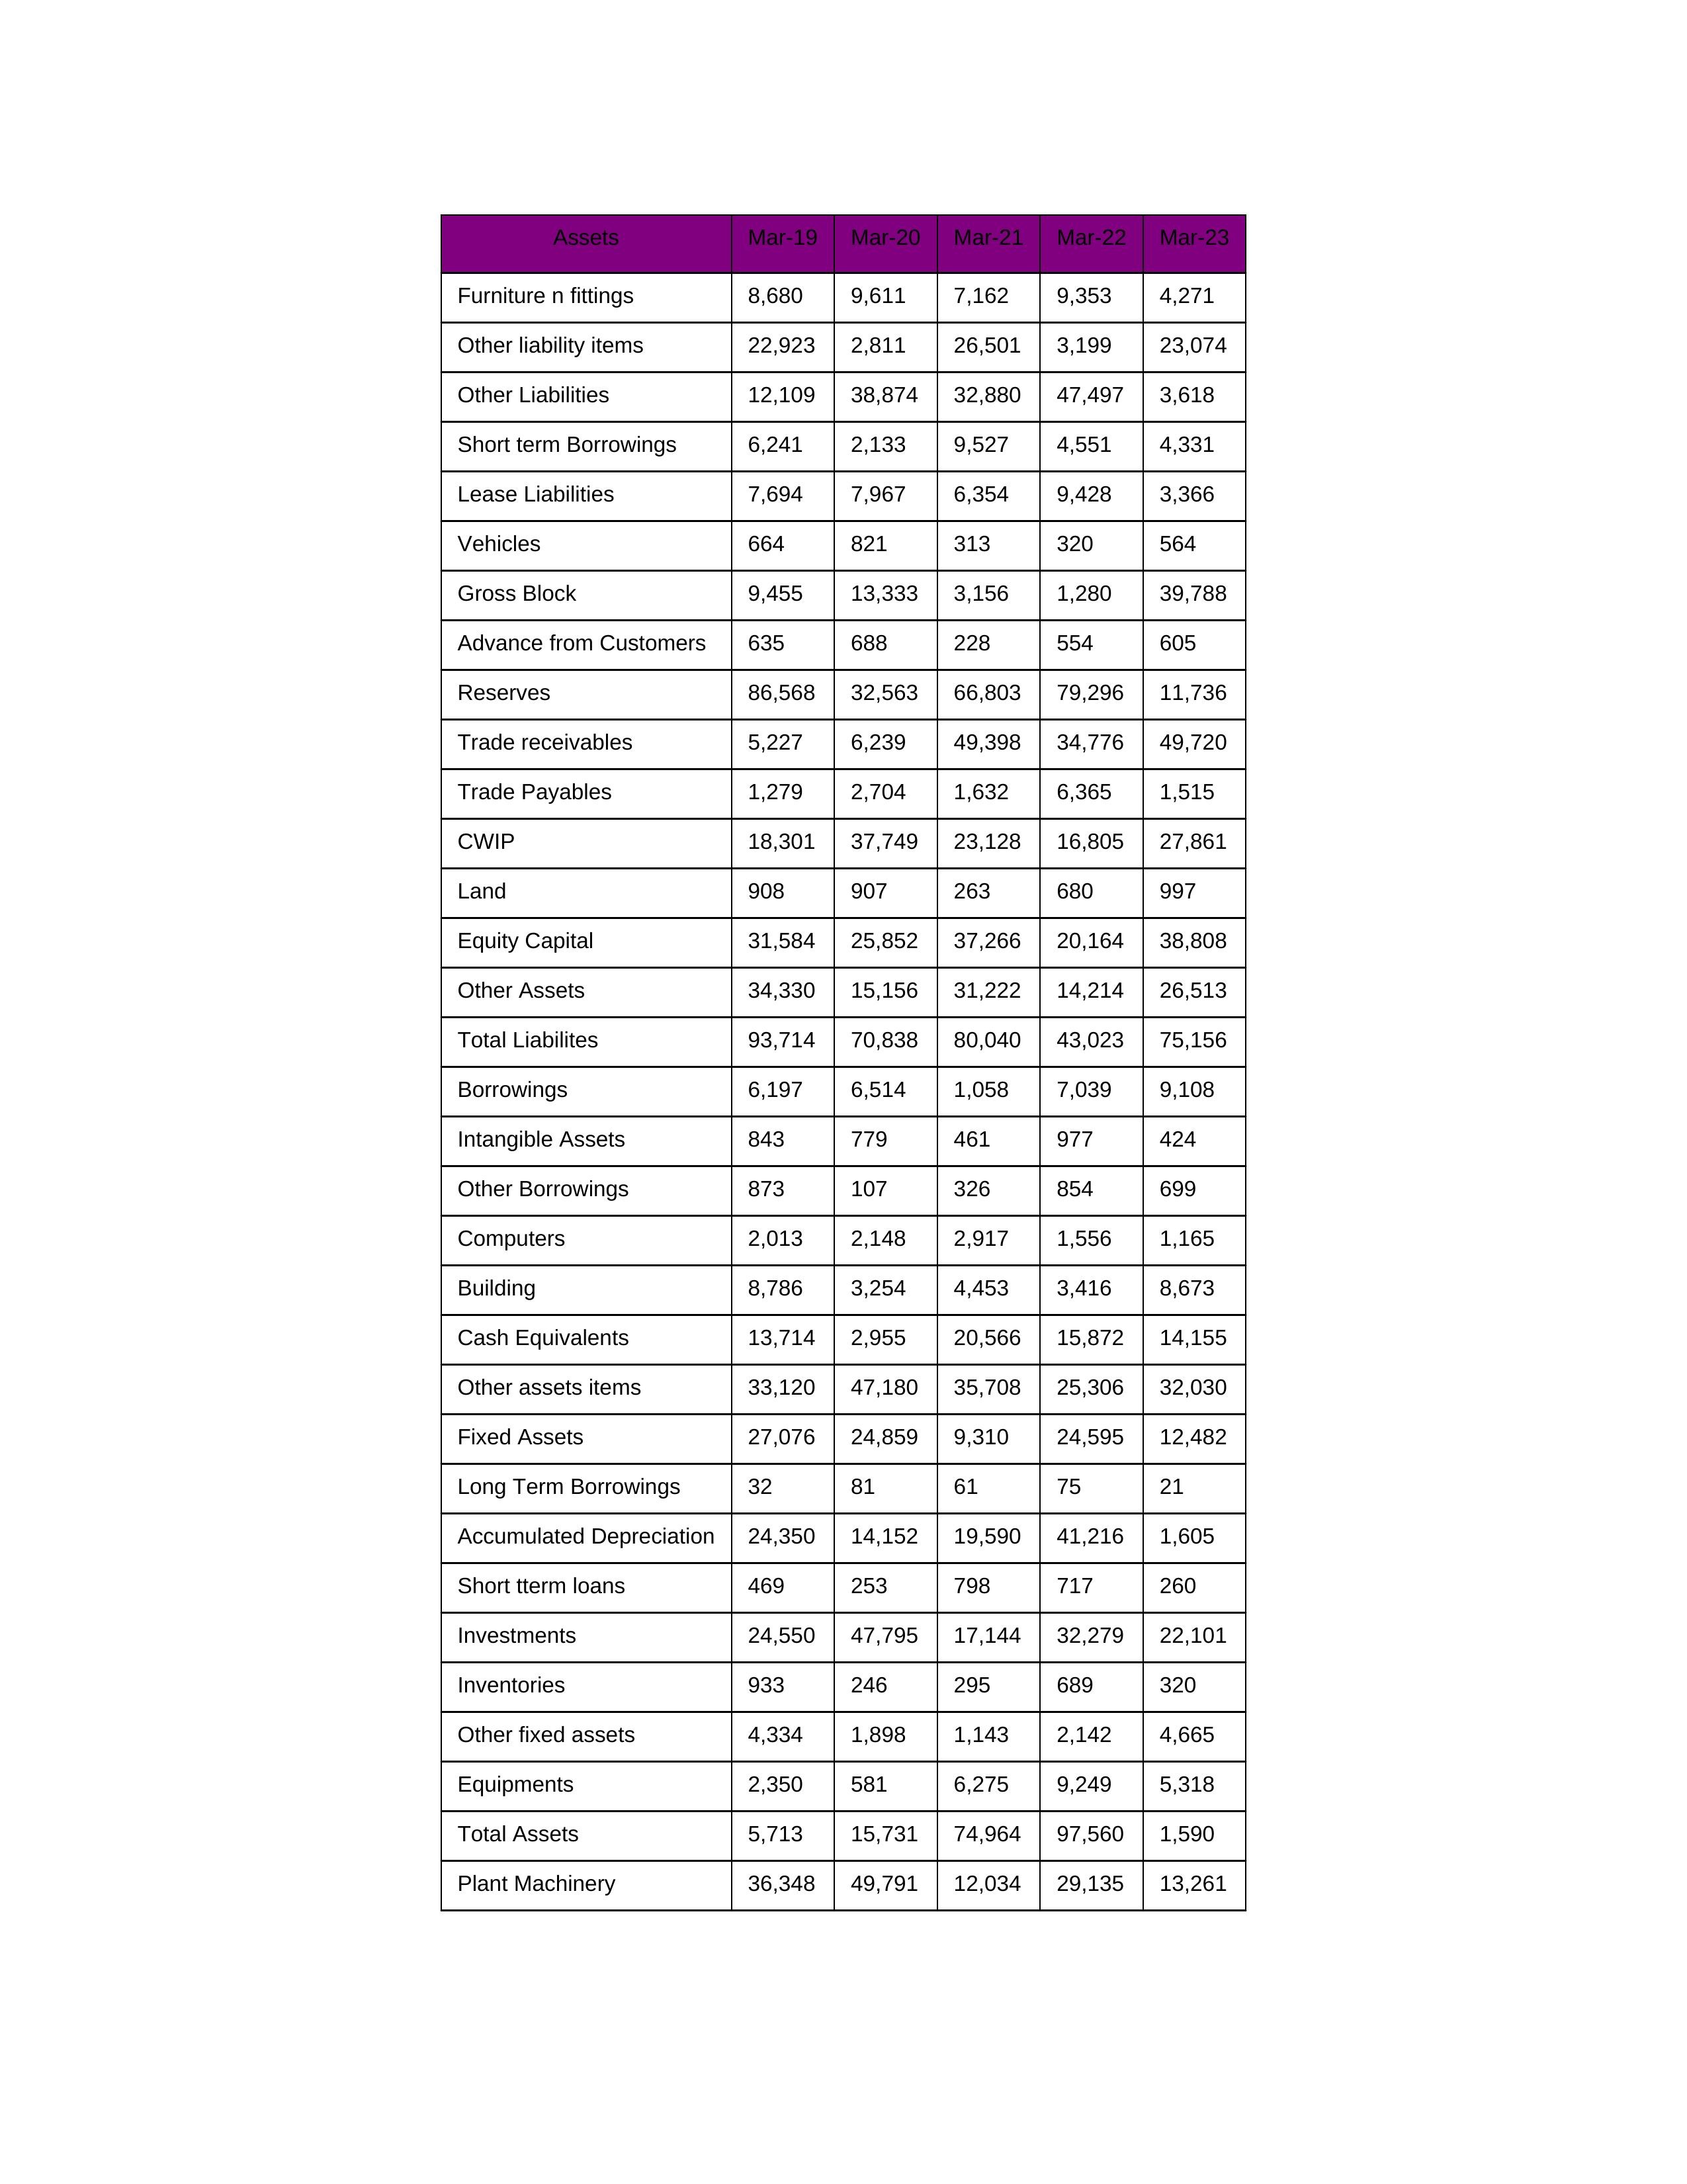
gt_parse: Mar-19: Equity Capital: 31,584
Reserves: 86,568
Borrowings: 6,197
Long Term Borrowings: 32
Short term Borrowings: 6,241
Lease Liabilities: 7,694
Other Borrowings: 873
Other Liabilities: 12,109
Trade Payables: 1,279
Advance from Customers: 635
Other liability items: 22,923
Total Liabilites: 93,714
Fixed Assets: 27,076
Land: 908
Building: 8,786
Plant Machinery: 36,348
Equipments: 2,350
Computers: 2,013
Furniture n fittings: 8,680
Vehicles: 664
Intangible Assets: 843
Other fixed assets: 4,334
Gross Block: 9,455
Accumulated Depreciation: 24,350
CWIP: 18,301
Investments: 24,550
Other Assets: 34,330
Inventories: 933
Trade receivables: 5,227
Cash Equivalents: 13,714
Short tterm loans: 469
Other assets items: 33,120
Total Assets: 5,713
Mar-20: Equity Capital: 25,852
Reserves: 32,563
Borrowings: 6,514
Long Term Borrowings: 81
Short term Borrowings: 2,133
Lease Liabilities: 7,967
Other Borrowings: 107
Other Liabilities: 38,874
Trade Payables: 2,704
Advance from Customers: 688
Other liability items: 2,811
Total Liabilites: 70,838
Fixed Assets: 24,859
Land: 907
Building: 3,254
Plant Machinery: 49,791
Equipments: 581
Computers: 2,148
Furniture n fittings: 9,611
Vehicles: 821
Intangible Assets: 779
Other fixed assets: 1,898
Gross Block: 13,333
Accumulated Depreciation: 14,152
CWIP: 37,749
Investments: 47,795
Other Assets: 15,156
Inventories: 246
Trade receivables: 6,239
Cash Equivalents: 2,955
Short tterm loans: 253
Other assets items: 47,180
Total Assets: 15,731
Mar-21: Equity Capital: 37,266
Reserves: 66,803
Borrowings: 1,058
Long Term Borrowings: 61
Short term Borrowings: 9,527
Lease Liabilities: 6,354
Other Borrowings: 326
Other Liabilities: 32,880
Trade Payables: 1,632
Advance from Customers: 228
Other liability items: 26,501
Total Liabilites: 80,040
Fixed Assets: 9,310
Land: 263
Building: 4,453
Plant Machinery: 12,034
Equipments: 6,275
Computers: 2,917
Furniture n fittings: 7,162
Vehicles: 313
Intangible Assets: 461
Other fixed assets: 1,143
Gross Block: 3,156
Accumulated Depreciation: 19,590
CWIP: 23,128
Investments: 17,144
Other Assets: 31,222
Inventories: 295
Trade receivables: 49,398
Cash Equivalents: 20,566
Short tterm loans: 798
Other assets items: 35,708
Total Assets: 74,964
Mar-22: Equity Capital: 20,164
Reserves: 79,296
Borrowings: 7,039
Long Term Borrowings: 75
Short term Borrowings: 4,551
Lease Liabilities: 9,428
Other Borrowings: 854
Other Liabilities: 47,497
Trade Payables: 6,365
Advance from Customers: 554
Other liability items: 3,199
Total Liabilites: 43,023
Fixed Assets: 24,595
Land: 680
Building: 3,416
Plant Machinery: 29,135
Equipments: 9,249
Computers: 1,556
Furniture n fittings: 9,353
Vehicles: 320
Intangible Assets: 977
Other fixed assets: 2,142
Gross Block: 1,280
Accumulated Depreciation: 41,216
CWIP: 16,805
Investments: 32,279
Other Assets: 14,214
Inventories: 689
Trade receivables: 34,776
Cash Equivalents: 15,872
Short tterm loans: 717
Other assets items: 25,306
Total Assets: 97,560
Mar-23: Equity Capital: 38,808
Reserves: 11,736
Borrowings: 9,108
Long Term Borrowings: 21
Short term Borrowings: 4,331
Lease Liabilities: 3,366
Other Borrowings: 699
Other Liabilities: 3,618
Trade Payables: 1,515
Advance from Customers: 605
Other liability items: 23,074
Total Liabilites: 75,156
Fixed Assets: 12,482
Land: 997
Building: 8,673
Plant Machinery: 13,261
Equipments: 5,318
Computers: 1,165
Furniture n fittings: 4,271
Vehicles: 564
Intangible Assets: 424
Other fixed assets: 4,665
Gross Block: 39,788
Accumulated Depreciation: 1,605
CWIP: 27,861
Investments: 22,101
Other Assets: 26,513
Inventories: 320
Trade receivables: 49,720
Cash Equivalents: 14,155
Short tterm loans: 260
Other assets items: 32,030
Total Assets: 1,590